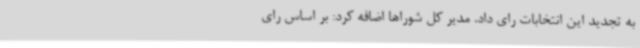
به تجدید این انتخابات رای داد. مدیر کل شوراها اضافه کرد: بر اساس رای